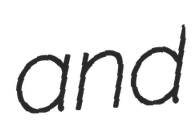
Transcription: and